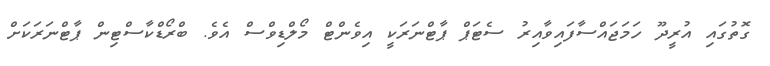
ގޮތުގައި އުރީދޫ ހަމަޖައްސާފައިވާއިރު ސެޓަޕް ޕާޓްނަރަކީ އިވެންޓް މޯލްޑިވްސް އެވެ. ބްރޯޑްކާސްޓިން ޕާޓްނަރަކަށް